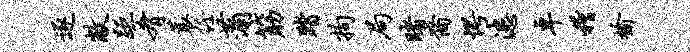
逐敝距肴蓑任蒲筋踏拘局睹裔愕漶卓稽榆